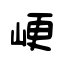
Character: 峺